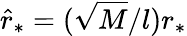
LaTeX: \hat{r}_{*}=(\sqrt{M}/l)r_{*}